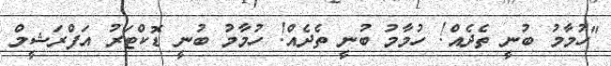
"ހުމާމު ބުނީ ތެދެއް! ހުމާމު ބުނީ ތެދެއް! ހުމާމު ބުނީ ޑޮކްޓަރު އަފްރަޝީމް